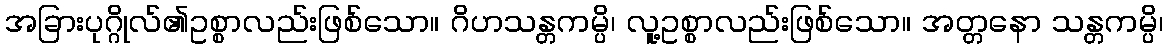
အခြားပုဂ္ဂိုလ်၏ဥစ္စာလည်းဖြစ်သော။ ဂိဟသန္တကမ္ပိ၊ လူ့ဥစ္စာလည်းဖြစ်သော။ အတ္တနော သန္တကမ္ပိ၊